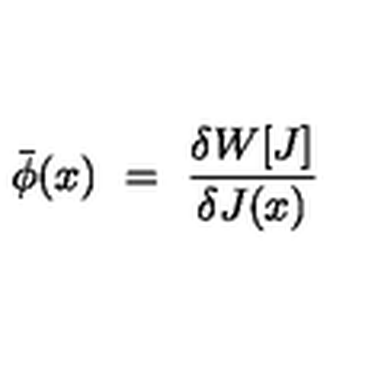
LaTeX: \bar { \phi } ( x ) \ = \ { \frac { \delta W [ J ] } { \delta J ( x ) } } \,